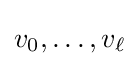
v_{0},\ldots ,v_{\ell }